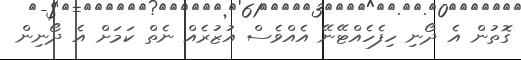
ގޮތުން އެ ދޯނި ހިފެހެއްޓޭނޭ އެއްވެސް އުޒުރެއް ނެތް ކަމަށް އެ ދޯނިން